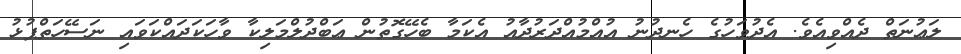
ލަޢުނަތް ދެއްވިއެވެ. އެދުވަހުގެ ހެނދުނު އުއްމުއްދަރުދާއު އެކަމާ ބެހޭގޮތުން ޢަބްދުލްމަލިކާ ވާހަކަދައްކަވައި ނަސޭހަތްޕުޅު